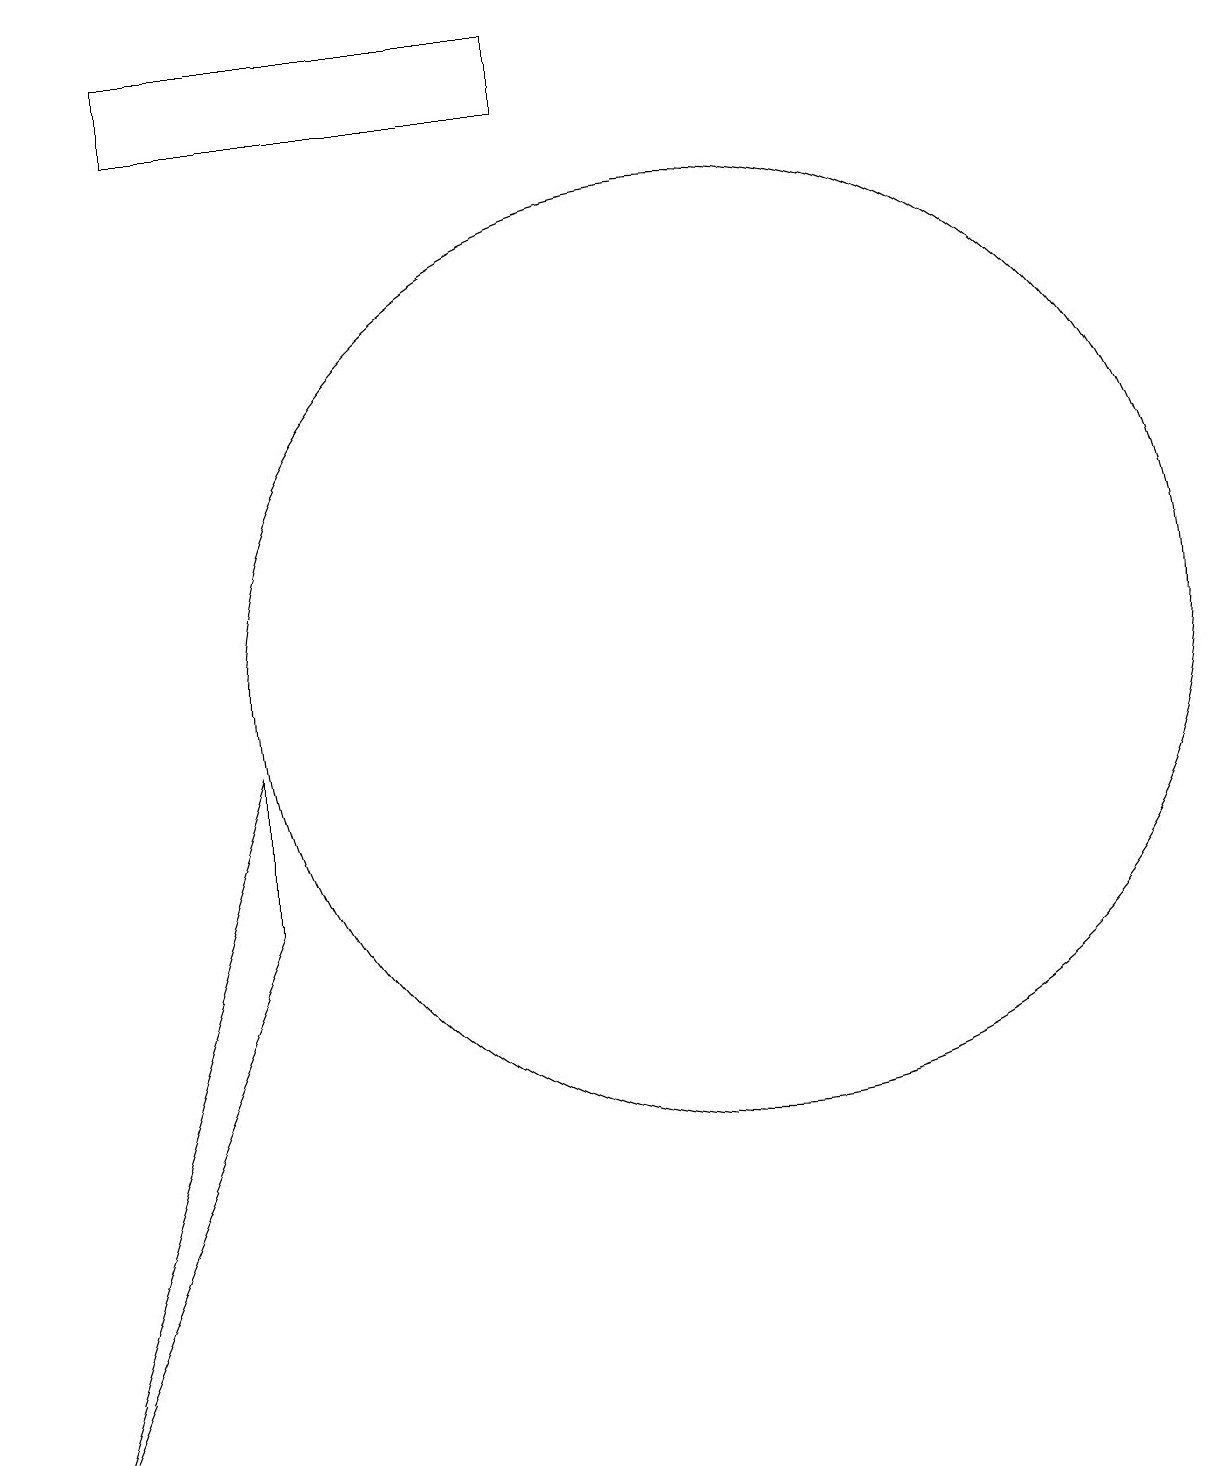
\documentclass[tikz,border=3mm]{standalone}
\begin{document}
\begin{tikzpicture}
\draw (2,0) -- (5,7) -- (5,9) -- cycle;
\draw (4,17) rectangle (9,18);
\draw (11,10) circle (6);
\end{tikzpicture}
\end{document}